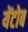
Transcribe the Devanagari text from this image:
येंटोब